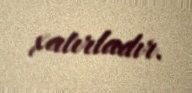
xatırladır.